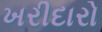
ખરીદારો